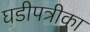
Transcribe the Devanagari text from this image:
घडीपत्रीका